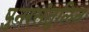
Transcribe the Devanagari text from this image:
पुनरसंतुलित